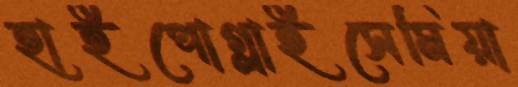
হাইপোগ্লাইসেমিয়া